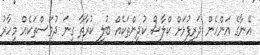
އޭނާގެ އަންހެން ދަރިފުޅަށް ކްލާސް ކުދިންތަކެއް ބުލީ ކުރާތާ ގިނަ ދުވަސްތަކެއް މިހާރު